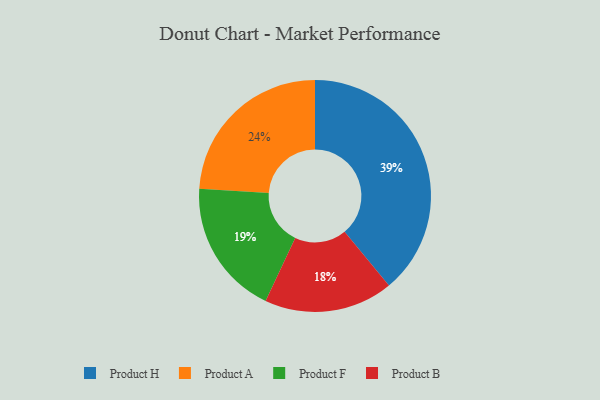
{"axis": {"x": "Category", "y": "Percentage"}, "legend": ["Product A", "Product B", "Product F", "Product H"], "data": [{"x": "Product B", "y": 18, "type": "Product B"}, {"x": "Product A", "y": 24, "type": "Product A"}, {"x": "Product H", "y": 39, "type": "Product H"}, {"x": "Product F", "y": 19, "type": "Product F"}]}